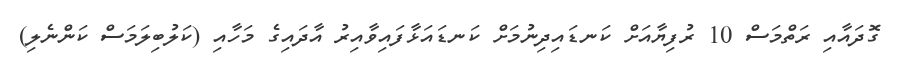
ގޮދައާއި ރަތްމަސް 10 ރުފިޔާއަށް ކަނޑައިދިނުމަށް ކަނޑައަޅާފައިވާއިރު އާދައިގެ މަހާއި (ކަލުބިލަމަސް ކަންނެލި)